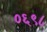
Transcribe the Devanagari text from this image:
०६९८